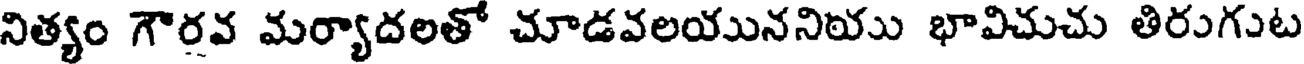
నిత్యం గౌరవ మర్యాదలతో చూడవలయుననియు భావిచుచు తిరుగుట